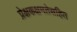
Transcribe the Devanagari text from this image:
प्रेक्षकक्षमतेसहित